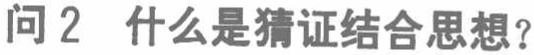
问2 什么是猜证结合思想？